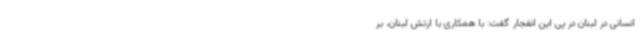
انسانی در لبنان در پی این انفجار گفت: با همکاری با ارتش لبنان، بر